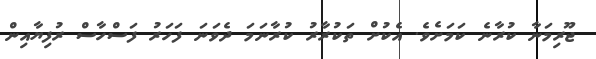
ޖޫރިމަނާ ކުރާނެ ކަމަށެވެ. އެކުށް ތަކުރާރު ކުރާނަމަ ދެވަނަ ފަހަރު ފަސްހާސް ރުފިޔާއިން